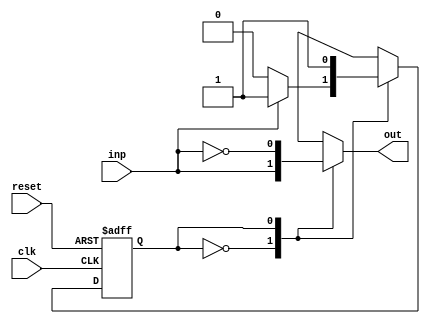
`timescale 1ns / 1ps

//////////////////////////////////////////////////////////////////////////////////
// Assignment No: 5
// Group No     : 8
// Problem No   : 2
// Group Members: Suhas Jain    (19CS30048)
//                Monal Prasad  (19CS30030)
// Semester No  : 5 (Autumn 2021-22)
//////////////////////////////////////////////////////////////////////////////////
// Module to implement a complement convetor 

module complement_converter_fsm (
    input clk,
    input inp,
    input reset,
    output reg out  
);
    // Declare the states of the FSM 
    parameter S0 = 0, S1 = 1;
    // Declare present state and next state 
    reg PS, NS;

    // Sequential control block
    // Asynchronous reset 
    always @(posedge clk or posedge reset) begin
        if(reset)
            PS <= S0;       // If reset is 1, FSM goes to initial state 
        else
            PS <= NS;       // If reset is 0, it goes to next state 
    end 

    // Next state control and output control
    // Till the appearance of first 1, FSM remains in S0, then goes to S1
    always @(*) begin
        case (PS)
            S0: begin
                out = inp;              // Output is same as input in S0
                NS = inp ? S1 : S0;     // Go to S1 if input is 1, else stay in S0
            end 

            S1: begin
                out = ~inp;             // Output bits are inverted in S1
                NS = S1;                // Always stay in S1 unless reset 
            end
        endcase
    end
    
endmodule